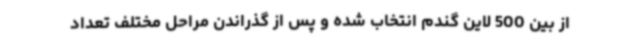
از بین 500 لاین گندم انتخاب شده و پس از گذراندن مراحل مختلف تعداد